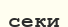
секи